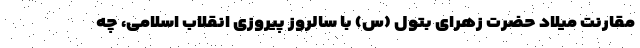
مقارنت میلاد حضرت زهرای بتول (س) با سالروز پیروزی انقلاب اسلامی، چه